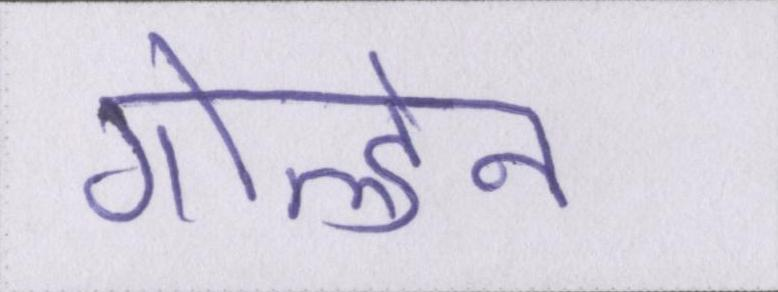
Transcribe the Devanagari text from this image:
गोल्डेन